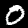
Label: 0